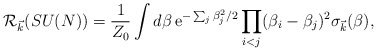
\begin{align*}{\cal R}_{\vec k}(SU(N))= {1 \over Z_0} \int d\beta \, {\rm e}^{-\sum_j \beta_j^2/2}\prod_{i<j} (\beta_i -\beta_j)^2 \sigma_{\vec k}(\beta),\end{align*}